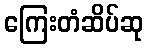
ကြေးတံဆိပ်ဆု